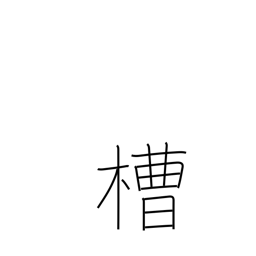
Meaning: vat